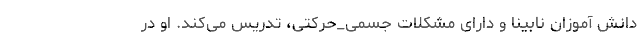
دانش آموزان نابینا و دارای مشکلات جسمی_حرکتی، تدریس می‌کند. او در